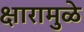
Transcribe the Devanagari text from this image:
क्षारामुळे